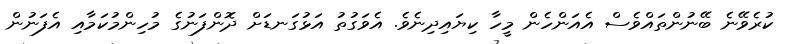
ކުރެވޭނެ ބޭނުންތައްވެސް އެއަންހެން މީހާ ކިޔައިދިނެވެ. އެވަގުތު އަޅުގަނޑަށް ދޮންފަނުގެ މުހިންމުކަމާއި އެފަނުން